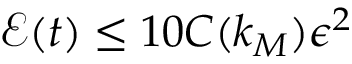
\mathcal { E } ( t ) \leq 1 0 C ( k _ { M } ) \epsilon ^ { 2 }